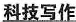
科技写作